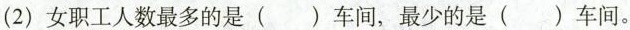
(2)女职工人数最多的是( )车间，最少的是( )车间。